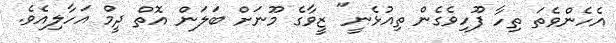
އެހެންވެތަ ތިހާ ފޫހިވެގެން ތިއުޅެނީ" ޒީވާގެ މޫނަށް ބަލަން އޮތް ދީމް އަހާލިއެވެ.